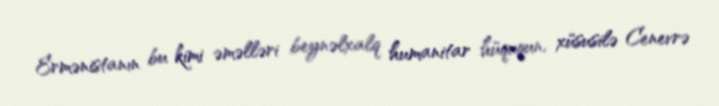
Ermənistanın bu kimi əməlləri beynəlxalq humanitar hüququn, xüsusilə Cenevrə